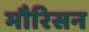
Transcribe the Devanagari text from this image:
मौरिसन